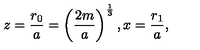
z = \frac { r _ { 0 } } { a } = \left( \frac { 2 m } { a } \right) ^ { \frac { 1 } { 3 } } , x = \frac { r _ { 1 } } { a } ,